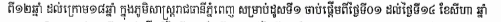
ពី១២ឆ្នាំ ដល់ក្រោម១៨ឆ្នាំ ក្នុងភូមិសាស្ត្ររាជធានីភ្នំពេញ​ សម្រាប់ដូសទី១​ ចាប់ផ្ដើមពីថ្ងៃទី០១ ដល់ថ្ងៃទី១៤ ខែសីហា ឆ្នាំ